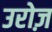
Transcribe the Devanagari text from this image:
उरोज़